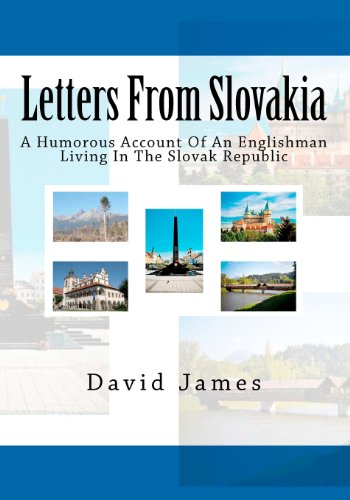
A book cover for Letters From Slovakia: A Humorous Account Of An Englishman Living In The Slovak Republic; David James; Travel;